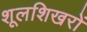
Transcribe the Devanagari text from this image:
शूलशिखरों